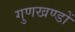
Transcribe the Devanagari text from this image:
गुणखण्डों